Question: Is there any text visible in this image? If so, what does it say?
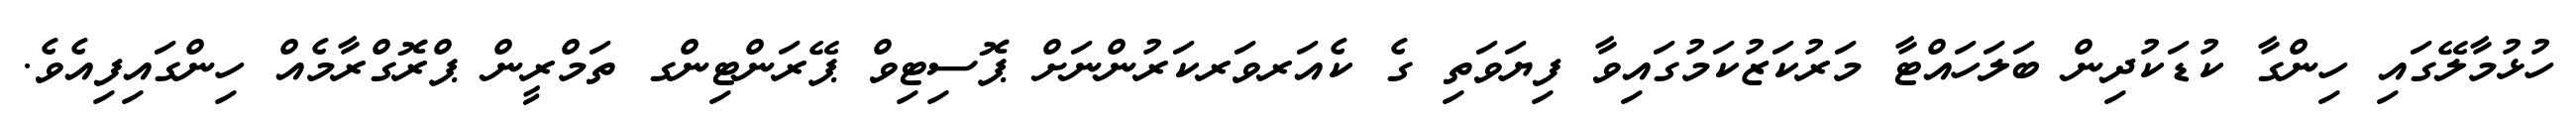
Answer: ހުޅުމާލޭގައި ހިންގާ ކުޑަކުދިން ބަލަހައްޓާ މަރުކަޒުކަމުގައިވާ ފިޔަވަތި ގެ ކެއަރވަރކަރުންނަށް ޕޮސިޓިވް ޕޭރަންޓިންގ ތަމްރީން ޕްރޮގްރާމެއް ހިންގައިފިއެވެ.